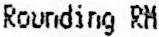
ROUNDING RM